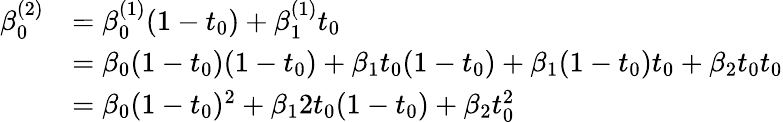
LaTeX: {\begin{array}{rl}{\beta_{0}^{(2)}}&{=\beta_{0}^{(1)}(1-t_{0})+\beta_{1}^{(1)}t_{0}}\\ {\ }&{=\beta_{0}(1-t_{0})(1-t_{0})+\beta_{1}t_{0}(1-t_{0})+\beta_{1}(1-t_{0})t_{0}+\beta_{2}t_{0}t_{0}}\\ {\ }&{=\beta_{0}(1-t_{0})^{2}+\beta_{1}2t_{0}(1-t_{0})+\beta_{2}t_{0}^{2}}\end{array}}